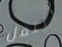
انتقل